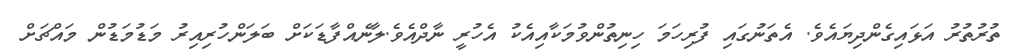
ތުރުތުރު އަޅައިގެންދިޔައެވެ. އެތަނުގައި ފުރިހަމަ ހިނިތުންވުމަކާއިއެކު އެހުރީ ނާދްއެވެ.ލާނެއްފާޑަކަށް ބަލަންހުރިއިރު މަޑުމަޑުން މައްޗަށް